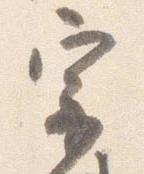
宗